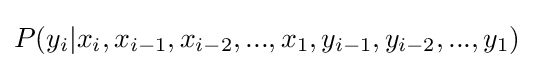
P(y_{i}|x_{i},x_{i-1},x_{i-2},...,x_{1},y_{i-1},y_{i-2},...,y_{1})